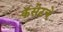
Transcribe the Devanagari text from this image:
कॅसेटचे